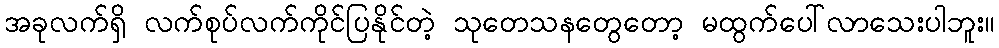
အခုလက်ရှိ လက်စုပ်လက်ကိုင်ပြနိုင်တဲ့ သုတေသနတွေတော့ မထွက်ပေါ်လာသေးပါဘူး။